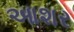
આશર